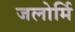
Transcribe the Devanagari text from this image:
जलोर्मि